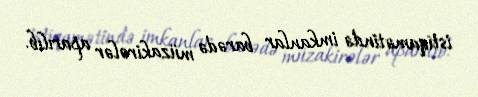
istiqamətində imkanlar barədə müzakirələr aparılıb.